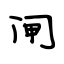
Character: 闸